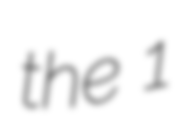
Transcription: the 1